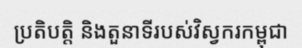
ប្រតិបត្តិ និងតួនាទីរបស់វិស្វករកម្ពុជា